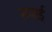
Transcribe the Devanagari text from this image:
सपाई